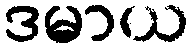
ဒမာယ